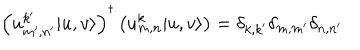
\left( u _ { m ^ { \prime } , n ^ { \prime } } ^ { k ^ { \prime } } | u , v \rangle \right) ^ { \dagger } \left( u _ { m , n } ^ { k } | u , v \rangle \right) = \delta _ { k , k ^ { \prime } } \delta _ { m , m ^ { \prime } } \delta _ { n , n ^ { \prime } }